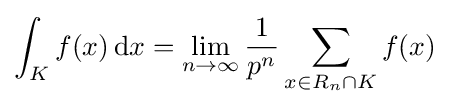
\int _{K}f(x)\,{\rm {d}}x=\lim _{n\to \infty }{\frac {1}{p^{n}}}\sum _{x\in R_{n}\cap K}f(x)